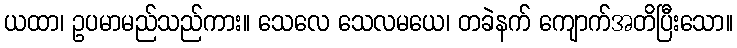
ယထာ၊ ဥပမာမည်သည်ကား။ သေလေ သေလမယေ၊ တခဲနက် ကျောက်အတိပြီးသော။